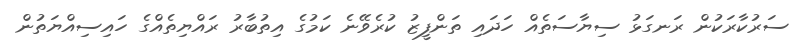
ސަރުކާރަކުން ރަނގަޅު ސިޔާސަތެއް ހަދައި ތަންފީޒު ކުރެވޭނެ ކަމުގެ އިތުބާރު ރައްޔިތެއްގެ ހައިސިއްޔަތުން